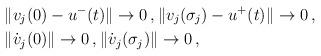
LaTeX: \begin{align*}&\|v_j(0)-u^-(t)\|\to 0\,, \|v_j(\sigma_j)-u^+(t)\|\to 0\,,\\&\|\dot{v}_j(0)\|\to 0\,, \|\dot{v}_j(\sigma_j)\|\to 0\,,\end{align*}